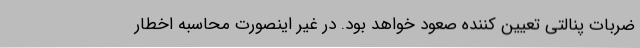
ضربات پنالتی تعیین کننده صعود خواهد بود. در غیر اینصورت محاسبه اخطار